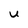
Character: U